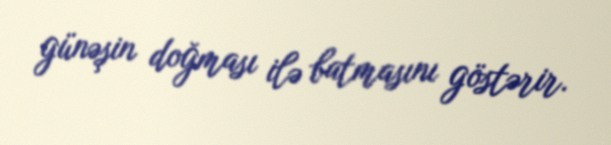
günəşin doğması ilə batmasını göstərir.